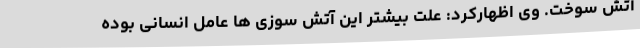
آتش سوخت. وی اظهارکرد: علت بیشتر این آتش سوزی ها عامل انسانی بوده